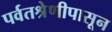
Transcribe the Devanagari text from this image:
पर्वतश्रेणीपासून